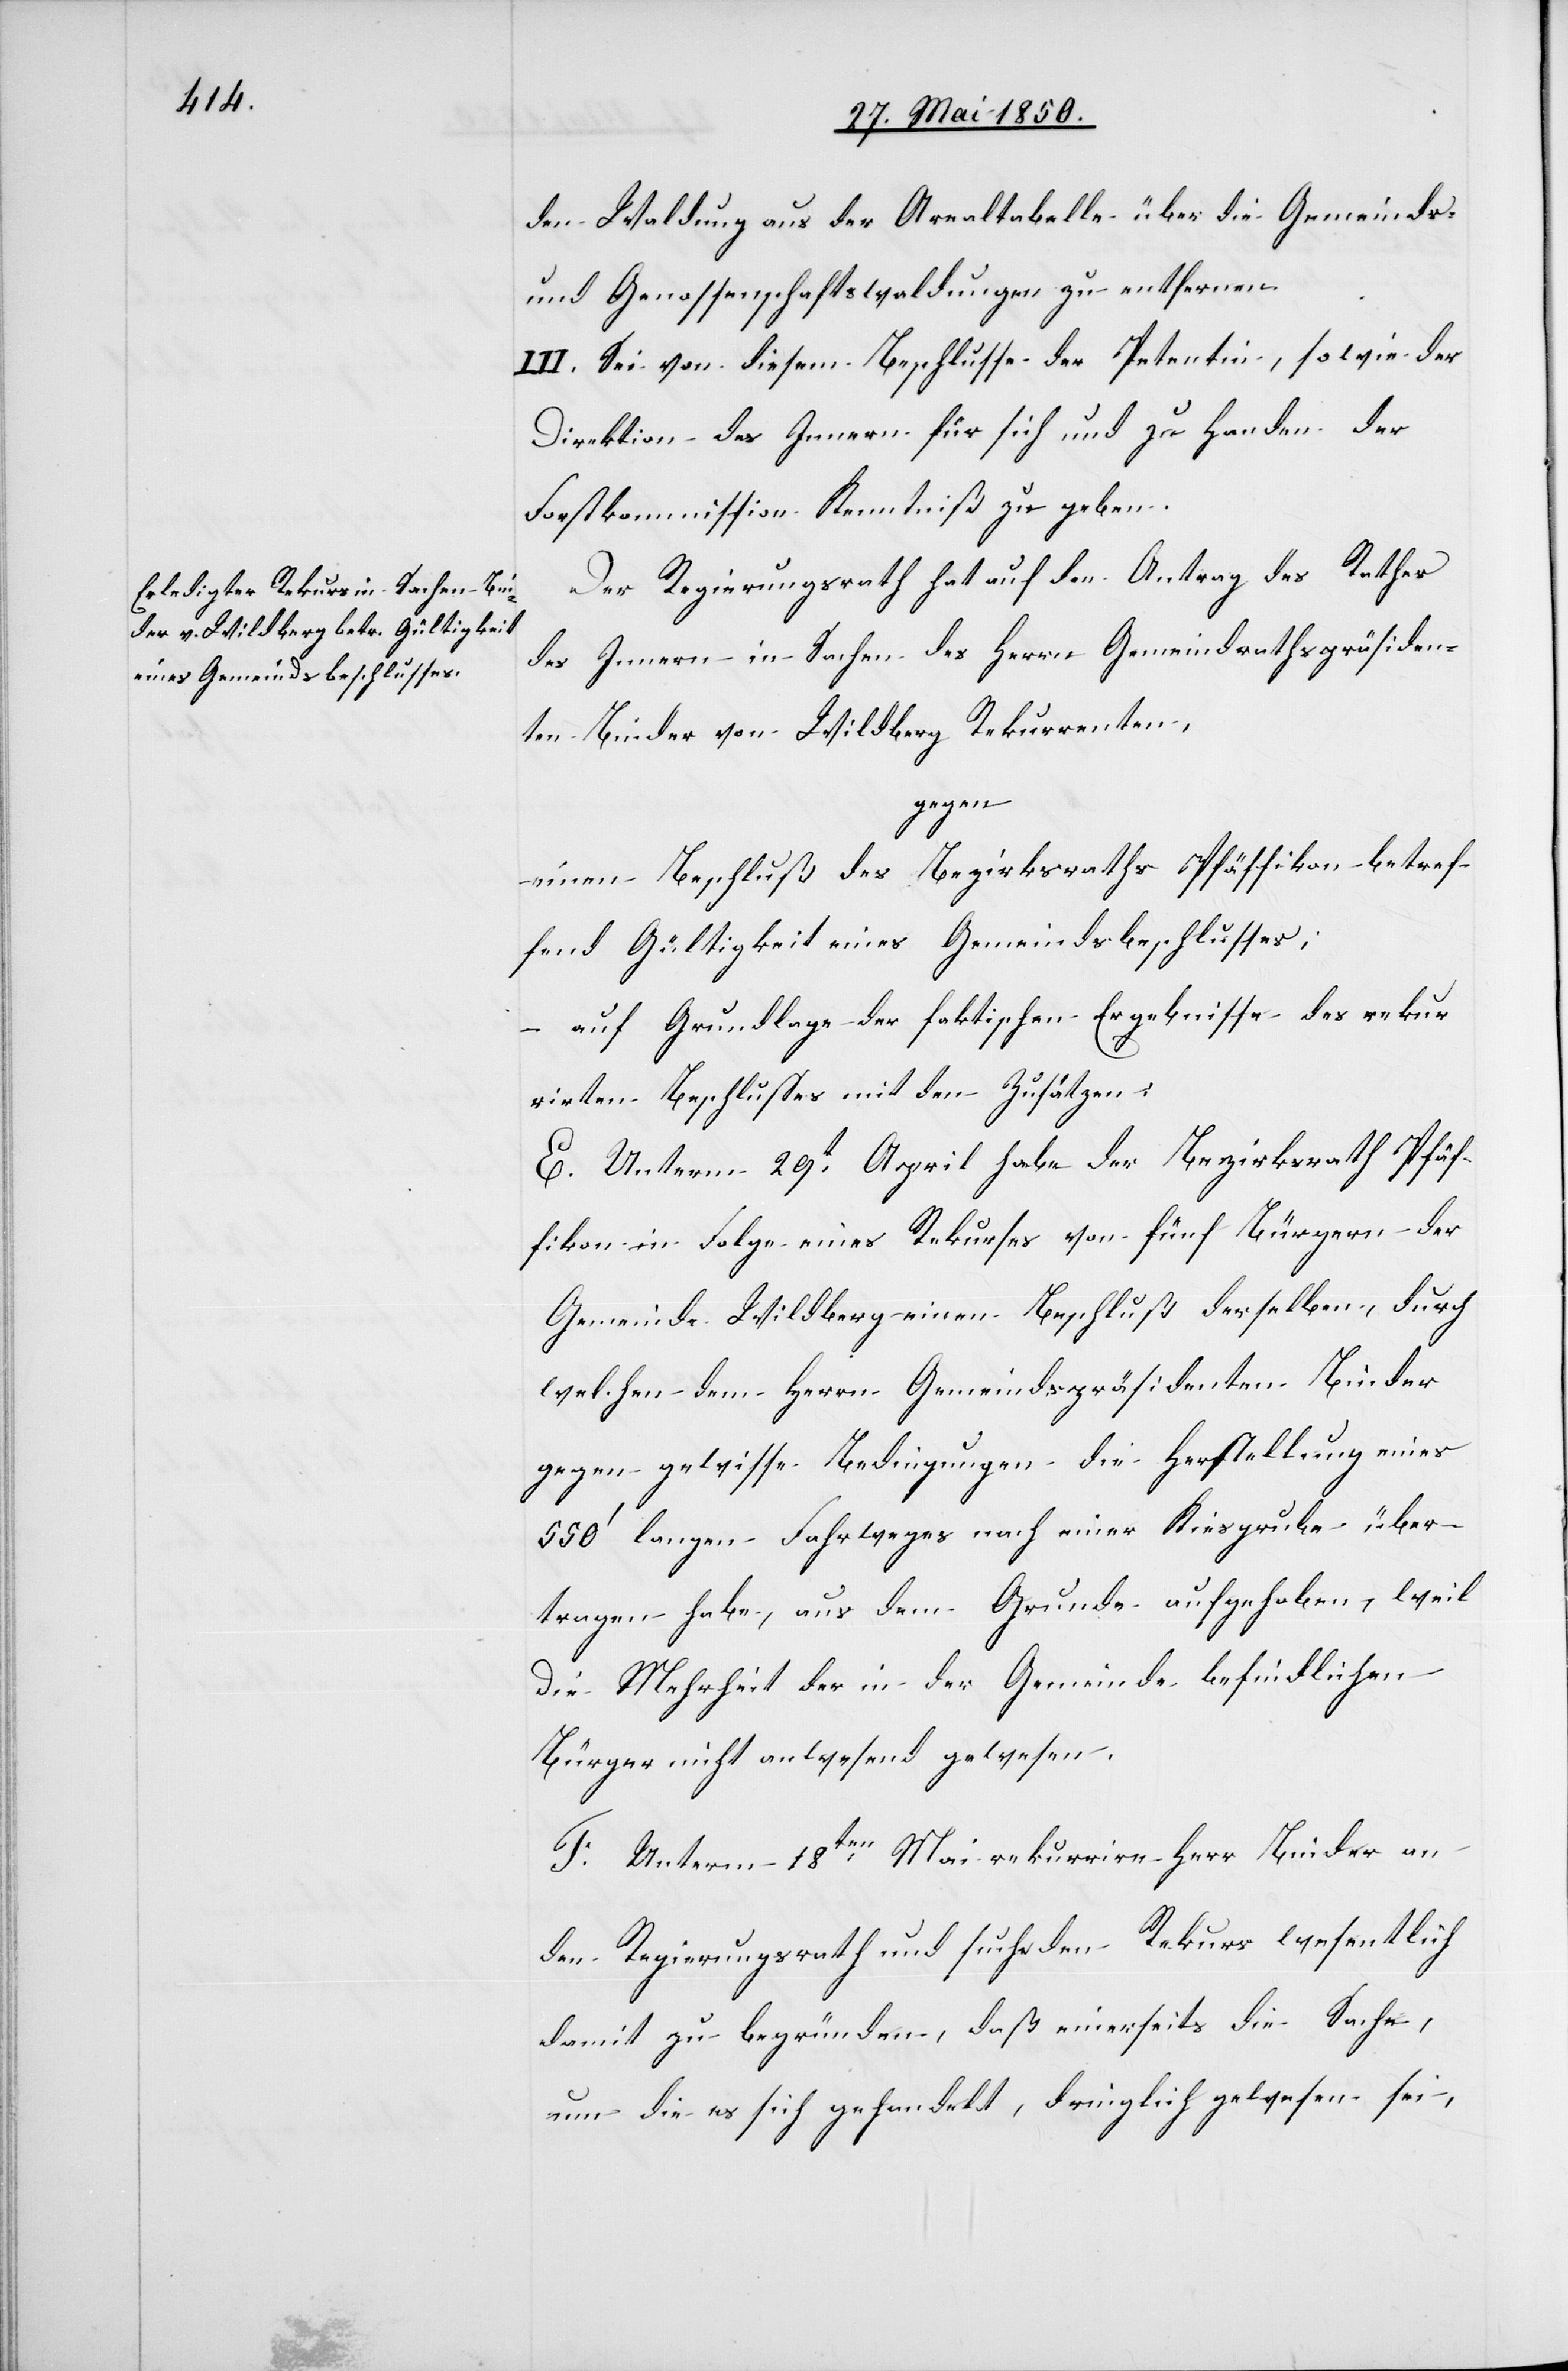
den Waldung aus der Arealtabelle über die Gemeinds-
und Genossenschaftswaldungen zu entfernen.
III. Sei von diesem Beschlusse der Petentin, sowie der
Direktion des Innern für sich und zu Handen der
Forstkommission Kenntniß zu geben.
Der Regierungsrath hat auf den Antrag des Rathes
des Innern in Sachen des Herrn Gemeindrathspräsiden¬
ten Binder von Wildberg Rekurrenten,
gegen
einen Beschluß des Bezirksraths Pfäffikon betref¬
fend Gültigkeit eines Gemeindsbeschlusses;
– auf Grundlage der faktischen Ergebnisse des rekur¬
rirten Beschlusses mit den Zusätzen:
E. Unterm 29t April habe der Bezirksrath Pfäf¬
fikon in Folge eines Rekurses von fünf Bürgern der
Gemeinde Wildberg einen Beschluß derselben, durch
welchen dem Herrn Gemeindspräsidenten Binder
gegen gewisse Bedingungen die Herstellung eines
550‘ langen Fahrweges nach einer Kiesgrube über¬
tragen habe, aus dem Grunde aufgehoben, weil
die Mehrheit der in der Gemeinde befindlichen
Bürger nicht anwesend gewesen.
F. Unterm 18ten Mai rekurrire Herr Binder an
den Regierungsrath und suche den Rekurs wesentlich
damit zu begründen, daß einerseits die Sache,
um die es sich gehandelt, dringlich gewesen sei,